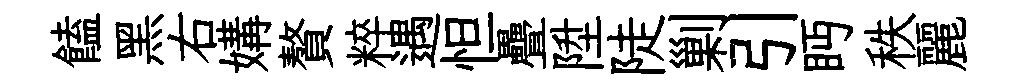
饁黑右媾贅粹遇怛疊陞陡剿引眄秩麗